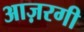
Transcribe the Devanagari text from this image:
आज़रगी